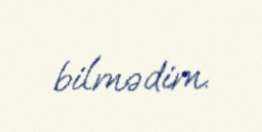
bilmədim.